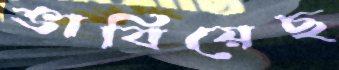
ভাবিয়েছ